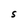
Character: S